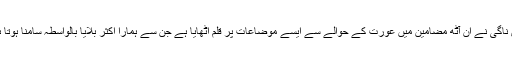
انیس ناگی نے ان آٹھ مضامین میں عورت کے حوالے سے ایسے موضاعات پر قلم اٹھایا ہے جن سے ہمارا اکثر بلایا بالواسطہ سامنا ہوتا ہے ۔